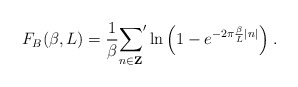
\begin{align*}F_{B}(\beta,L)=\frac{1}{\beta}{\sum_{n\in{\bf Z}}} ' \ln{\left(1-e^{-2\pi\frac{\beta}{L}|n|} \right)}\;.\end{align*}